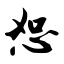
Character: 恕